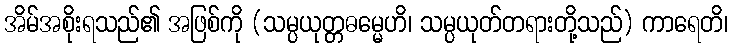
အိမ်အစိုးရသည်၏ အဖြစ်ကို (သမ္ပယုတ္တဓမ္မေဟိ၊ သမ္ပယုတ်တရားတို့သည်) ကာရေတိ၊